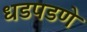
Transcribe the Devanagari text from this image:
धडपडणे